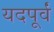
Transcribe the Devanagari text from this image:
यदपूर्वं